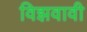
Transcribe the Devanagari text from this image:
विझवावी